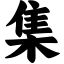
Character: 集